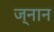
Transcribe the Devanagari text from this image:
ज्नान